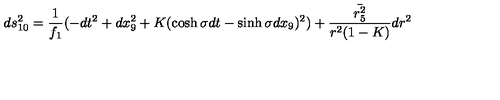
d s _ { 1 0 } ^ { 2 } = \frac { 1 } { f _ { 1 } } ( - d t ^ { 2 } + d x _ { 9 } ^ { 2 } + K ( \cosh \sigma d t - \sinh \sigma d x _ { 9 } ) ^ { 2 } ) + \frac { \bar { r _ { 5 } ^ { 2 } } } { r ^ { 2 } ( 1 - K ) } d r ^ { 2 }